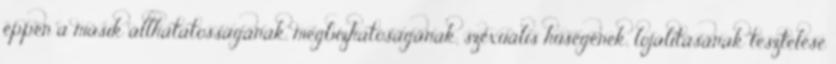
éppen a másik állhatatosságának, megbízhatóságának, szexuális hűségének, lojalitásának tesztelése